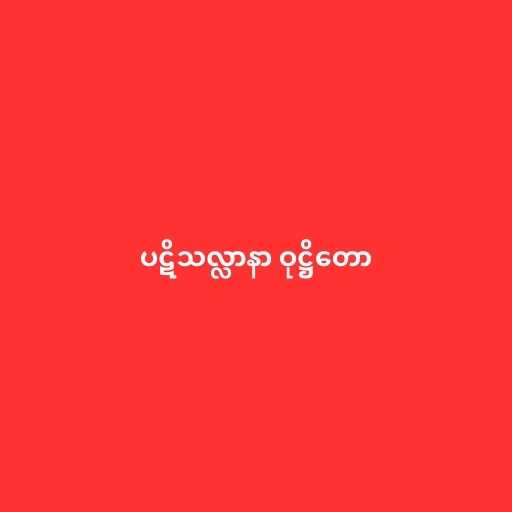
ပဋိသလ္လာနာ ဝုဋ္ဌိတော